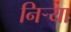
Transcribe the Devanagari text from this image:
निर्‍या